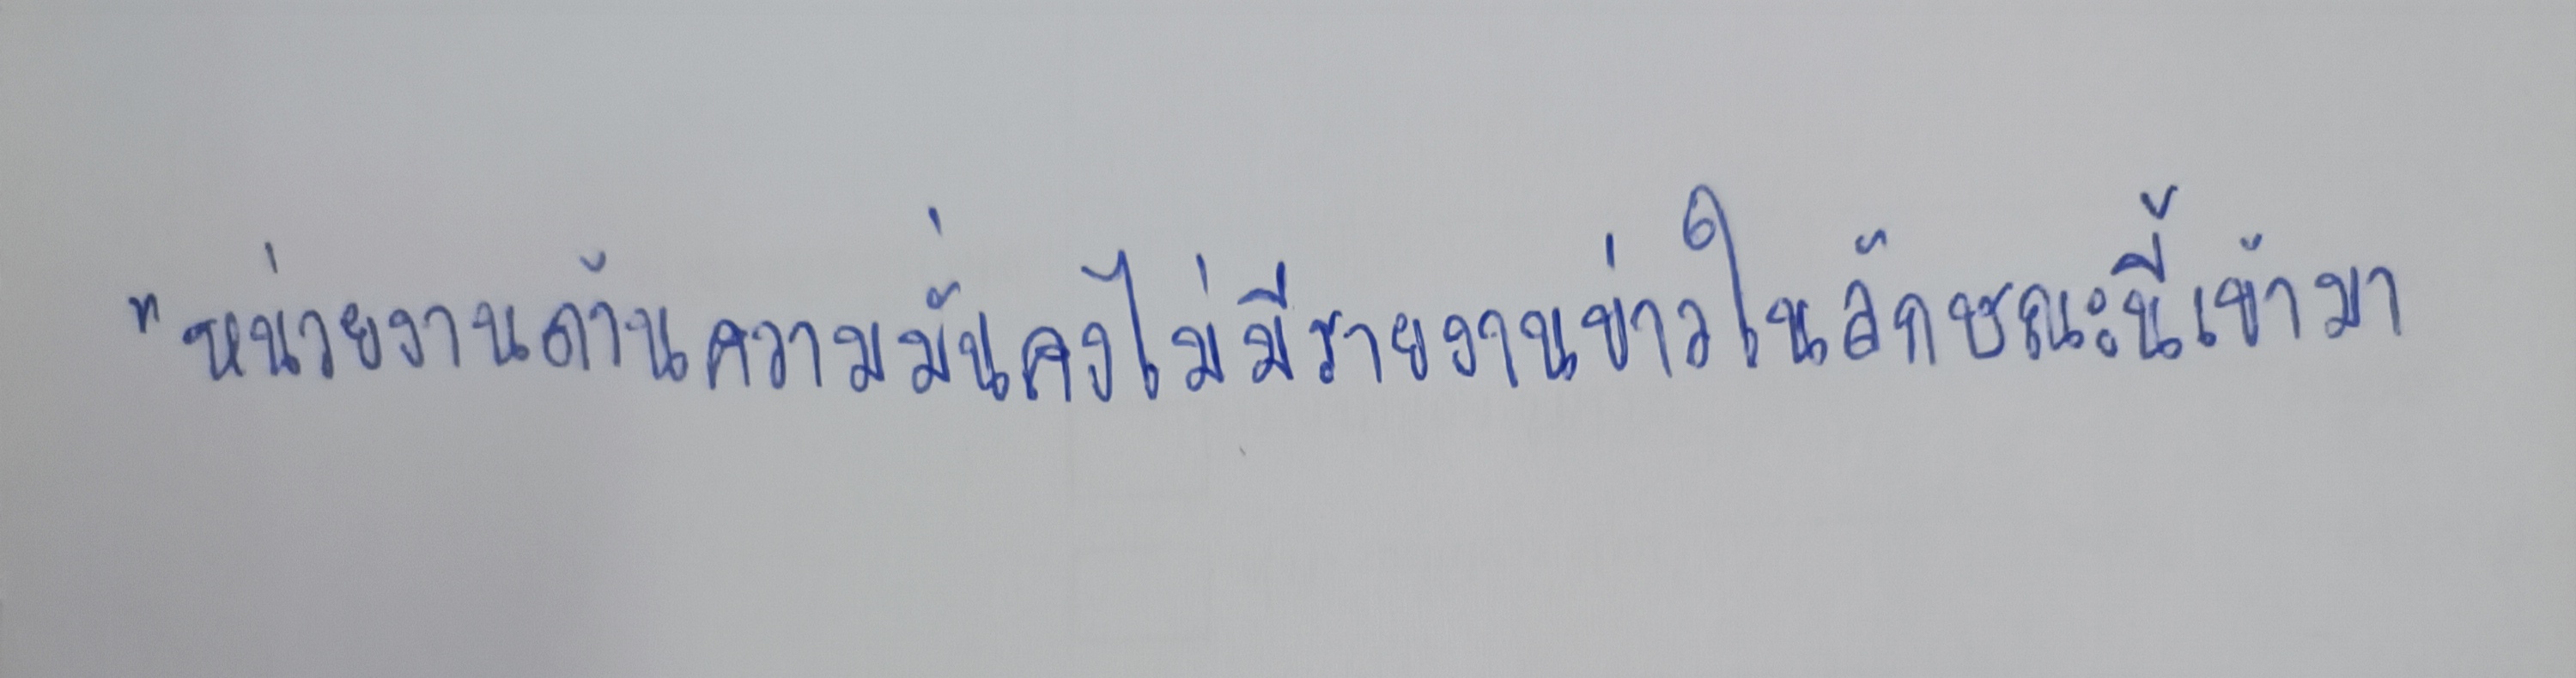
"หน่วยงานด้านความมั่นคงไม่มีรายงานข่าวในลักษณะนี้เข้ามา